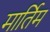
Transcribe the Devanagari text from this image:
मार्तिम